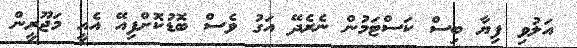
އަލުވި ފިޔާ ބިސް ކަސްޓަމުން ނެރެދޭ އަގު ވެސް ބޮޑުކޮށްފިއޭ އެއީ މަޖޫރީން